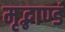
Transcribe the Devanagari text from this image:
मृद्भाण्डं